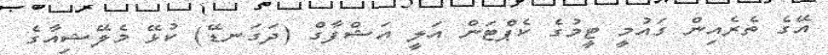
އޭގެ ތެރެއިން ގައުމީ ޓީމުގެ ކެޕްޓަން އަލީ އަޝްފާގް (ދަގަނޑޭ) ކުޅޭ މެލޭޝިއާގެ